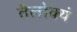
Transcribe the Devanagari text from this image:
तॆलोक्यं